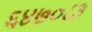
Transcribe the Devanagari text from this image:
६४७०८३